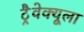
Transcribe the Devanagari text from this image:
ट्रैवेक्यूला